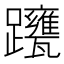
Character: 𨇹